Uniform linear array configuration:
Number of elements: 8
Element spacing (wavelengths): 0.75
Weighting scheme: cosine
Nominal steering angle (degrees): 15
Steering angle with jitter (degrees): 13.047
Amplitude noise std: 0.05
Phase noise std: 0.05

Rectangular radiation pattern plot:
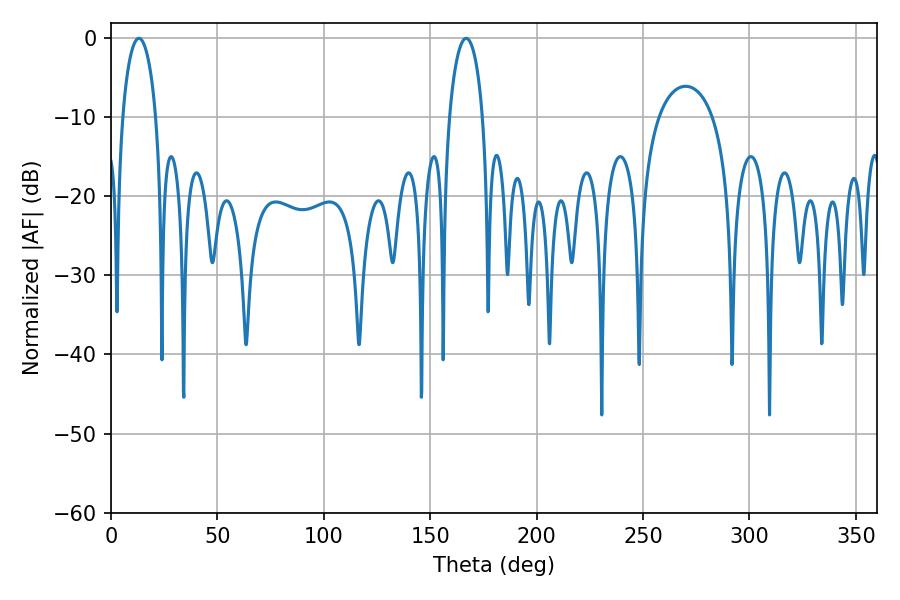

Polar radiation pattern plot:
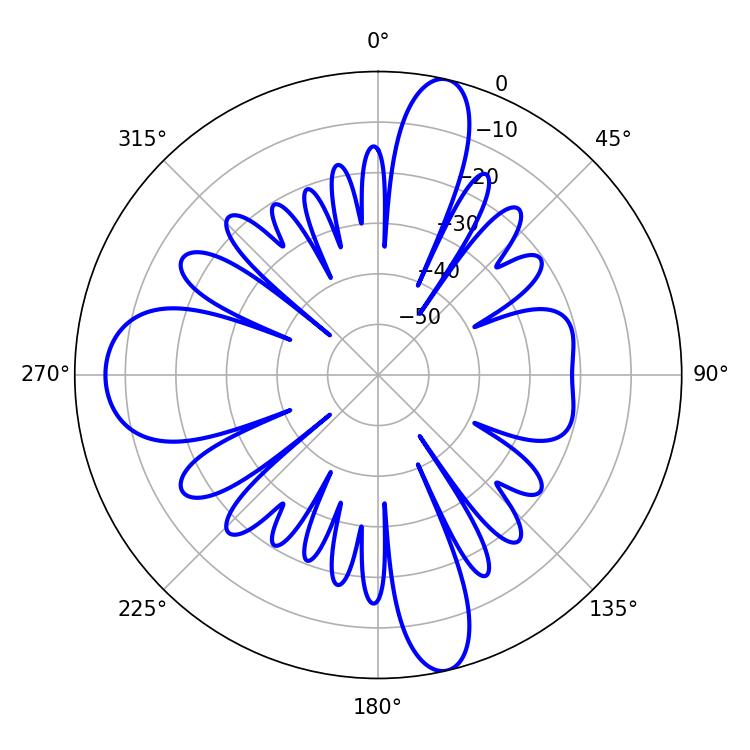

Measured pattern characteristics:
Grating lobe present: TRUE
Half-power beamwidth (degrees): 9
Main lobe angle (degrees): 13.14